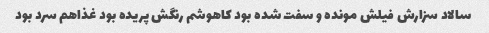
سالاد سزارش فیلش مونده و سفت شده بود کاهوشم رنگش پریده بود غذاهم سرد بود